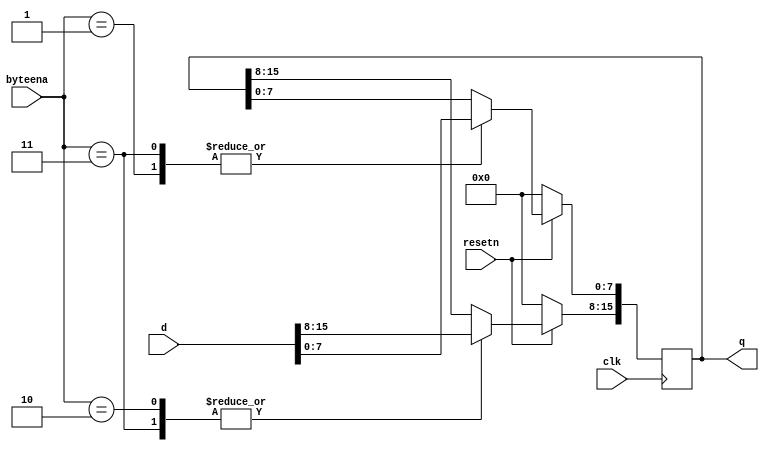
// Dff16e
// dff8arPreviousNextexams/m2014_q4a
// Create 16 D flip-flops. It's sometimes useful to only modify parts of a group of flip-flops. The byte-enable inputs control whether each byte of the 16 registers should be written to on that cycle. byteena[1] controls the upper byte d[15:8], while byteena[0] controls the lower byte d[7:0].

// resetn is a synchronous, active-low reset.

// All DFFs should be triggered by the positive edge of clk.

module top_module(
    input clk,
    input resetn,
    input [1:0] byteena,
    input [15:0] d,
    output reg [15:0] q
);

    always @(posedge clk) begin
        if(!resetn)
            q<=0;
        else begin
            case (byteena)
                2'b00:q<=q;
                2'b01:q[7:0]<=d[7:0];
                2'b10:q[15:8]<=d[15:8];
                2'b11:q<=d;
                // default:
            endcase
        end

    end



endmodule